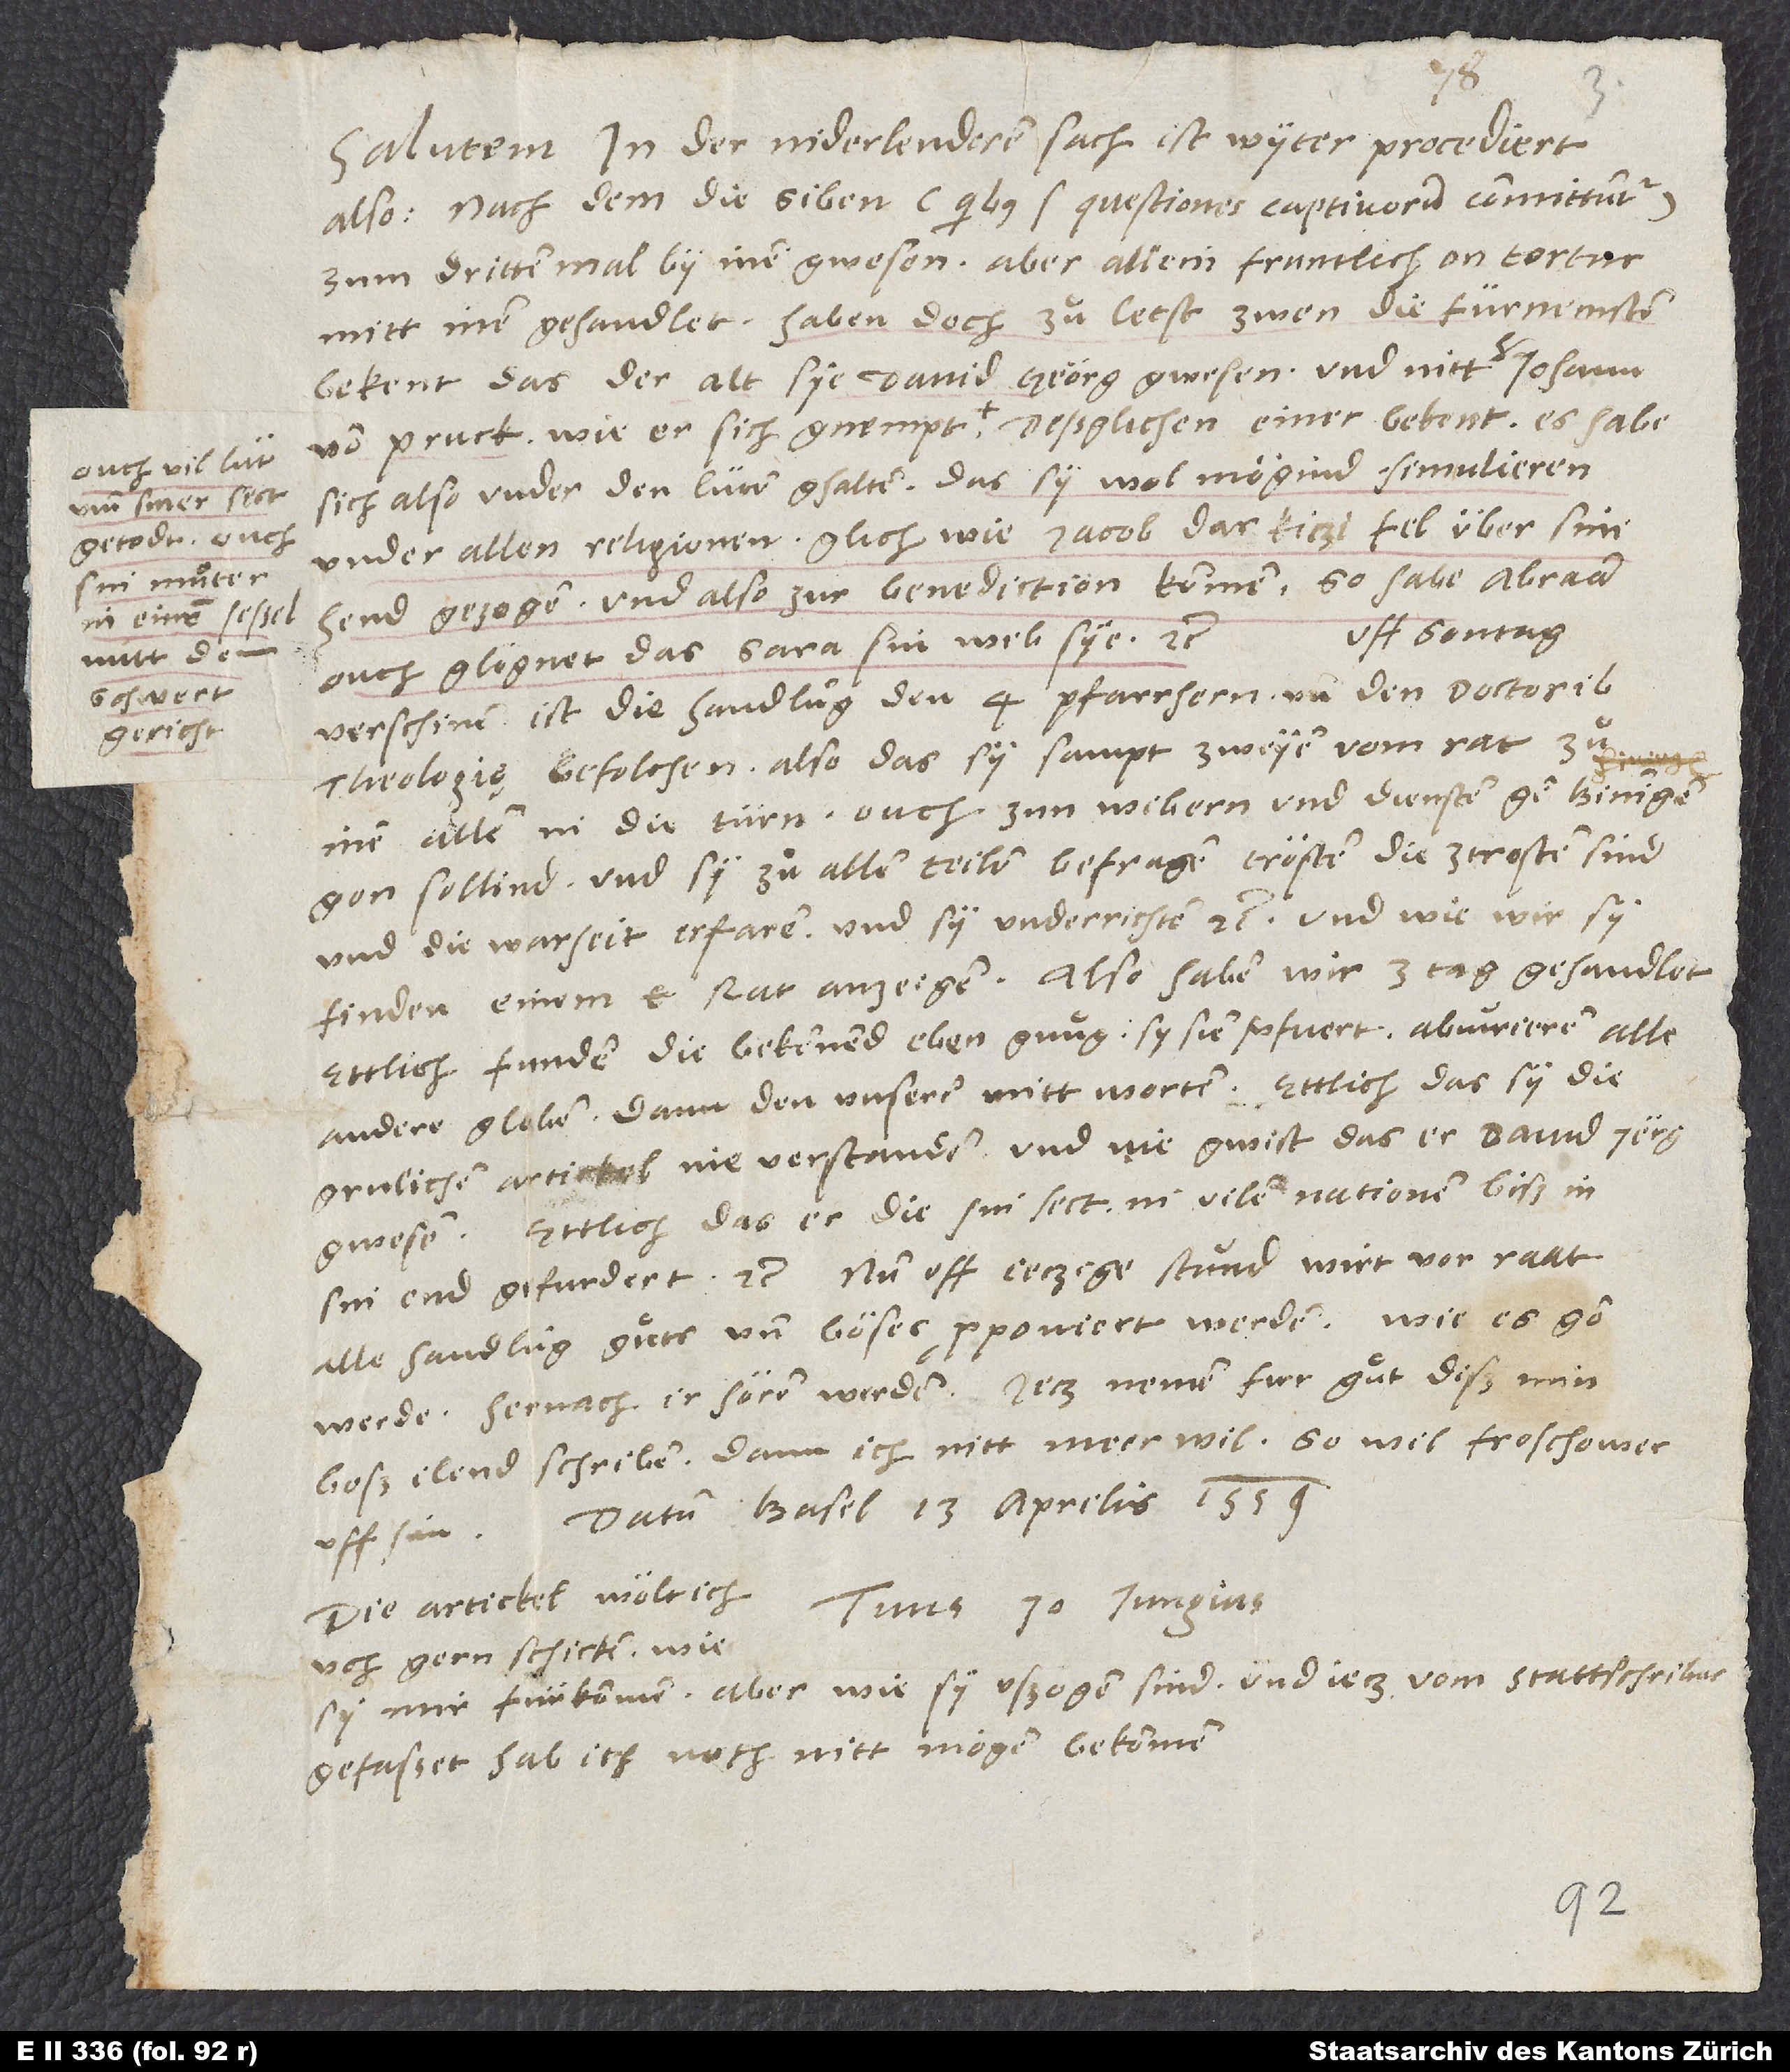
ouch vil lüt
siner sect
getodt, ouch
in einem sessel
mitt dem
schwert
gericht;

also: Nachdem die siben (quibus questiones captivorum committuntur)
zum dritten mal by inen gewesen, aber allein fruntlich, an tortur
mitt inen gehandlet, haben doch zuͦletst zwen die fürmensten
bekent, das der alt sye David Geörg gwesen und nitt her Johann
sich also under den lüten ghalten, das sy wol mögind simulieren
under allen religionen, glich wie Jacob das kitzifel über sini
gezogen und also zur benediction kommen. So habe Abraam
Uff sontag
ouch glögnet, das Sara sin wib sye etc.
verschinen ist die handlung den 4 pfarrhern und den doctoribus
theologię befolchen, also das sy sampt zweyen vom rat zuͦ
inen allen in die türn, ouch zun wibern und diensten gen Biningen
gen sollind und sy zuͦ allen teilen befragen, trösten, die z'trosten sind,
boß ilend schriben; dann ich nitt meer wil; so wil Froschower
sin. Datum Basel 13. aprilis 1559.
uch gern schicken, wie
gefasset, hab ich noch nitt mögen bekommen.